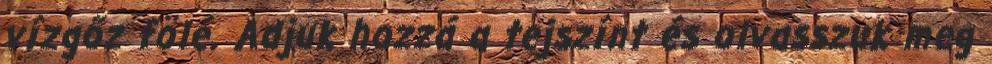
vízgőz fölé. Adjuk hozzá a tejszínt és olvasszuk meg